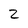
Character: 2